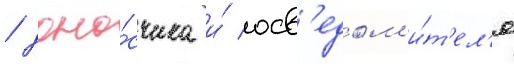
/ доно́счика и́ осв'едом'и́т'ел'я